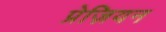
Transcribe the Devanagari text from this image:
प्रेज़ियन